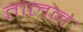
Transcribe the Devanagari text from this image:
तालन